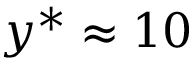
y ^ { * } \approx 1 0